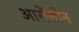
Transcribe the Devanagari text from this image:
आरोंसोन